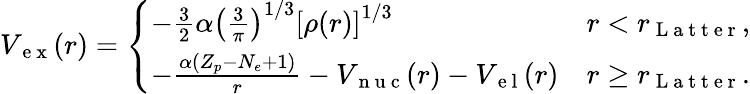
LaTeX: \begin{array}{r}{V_{\mathrm{~e~x~}}(r)=\left\{ \begin{array}{ll}{-\frac{3}{2}\alpha\left(\frac{3}{\pi}\right)^{1/3}\left[\rho(r)\right]^{1/3}}&{r<r_{\mathrm{~L~a~t~t~e~r~}},}\\ {-\frac{\alpha(Z_{p}-N_{e}+1)}{r}-V_{\mathrm{~n~u~c~}}(r)-V_{\mathrm{~e~l~}}(r)}&{r\geq r_{\mathrm{~L~a~t~t~e~r~}}.}\end{array}\right.}\end{array}